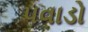
પવાડો